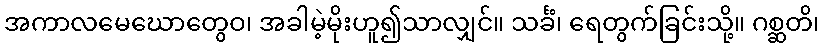
အကာလမေဃောတွေဝ၊ အခါမဲ့မိုးဟူ၍သာလျှင်။ သင်္ခံ၊ ရေတွက်ခြင်းသို့။ ဂစ္ဆတိ၊